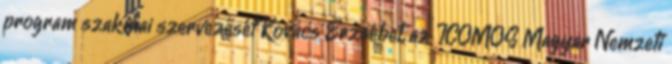
program szakmai szervezését Kovács Erzsébet, az ICOMOS Magyar Nemzeti